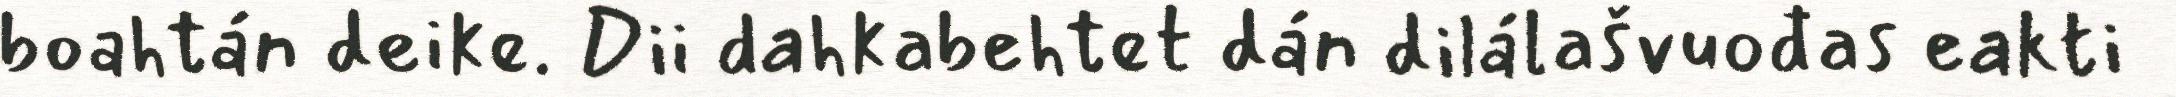
boahtán deike. Dii dahkabehtet dán dilálašvuođas eakti